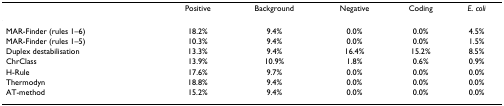
|  | Positive | Background | Negative | Coding | E. coli |
 | --- | --- | --- | --- | --- | --- |
 | MAR-Finder (rules 1–6) | 18.2% | 9.4% | 0.0% | 0.0% | 4.5% |
 | MAR-Finder (rules 1–5) | 10.3% | 9.4% | 0.0% | 0.0% | 1.5% |
 | Duplex destabilisation | 13.3% | 9.4% | 16.4% | 15.2% | 8.5% |
 | ChrClass | 13.9% | 10.9% | 1.8% | 0.6% | 0.9% |
 | H-Rule | 17.6% | 9.7% | 0.0% | 0.0% | 0.0% |
 | Thermodyn | 18.8% | 9.4% | 0.0% | 0.0% | 0.0% |
 | AT-method | 15.2% | 9.4% | 0.0% | 0.0% | 0.0% |